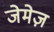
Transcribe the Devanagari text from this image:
जेमेज़